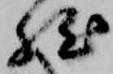
然